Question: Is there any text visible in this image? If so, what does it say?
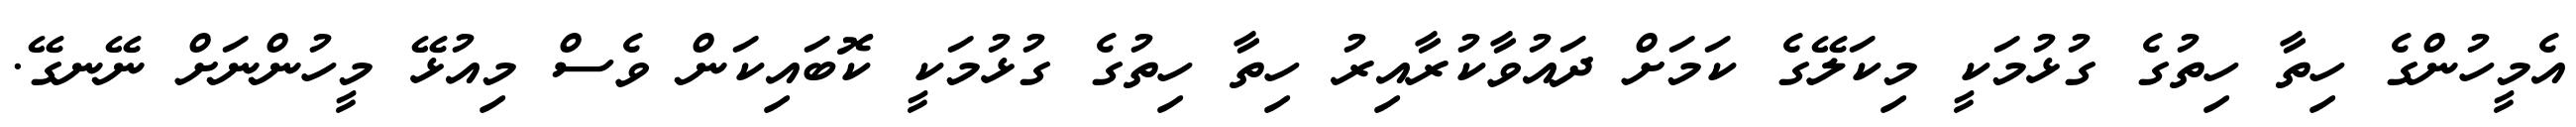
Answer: އެމީހުންގެ ހިތާ ހިތުގެ ގުޅުމަކީ މިކަލޭގެ ކަމަށް ދައުވާކުރާއިރު ހިތާ ހިތުގެ ގުޅުމަކީ ކޮބައިކަން ވެސް މިއުޅޭ މީހުންނަށް ނޭނގޭ.